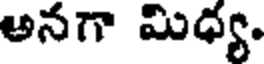
అనగా మిధ్య.